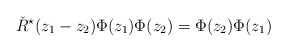
\begin{align*}\check R^\star(z_1-z_2)\Phi(z_1)\Phi(z_2)=\Phi(z_2)\Phi(z_1)\end{align*}